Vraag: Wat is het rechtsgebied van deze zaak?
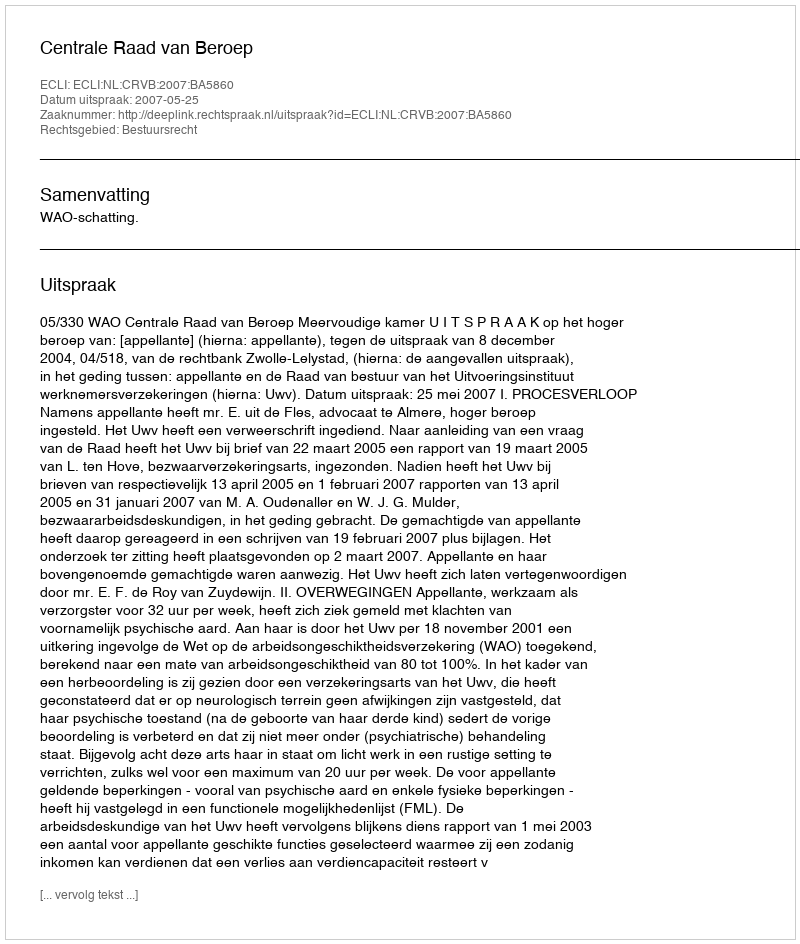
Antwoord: Bestuursrecht